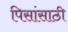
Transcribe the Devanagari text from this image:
पिसांसाठी